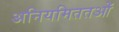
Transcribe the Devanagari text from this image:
अनियमिततओं